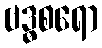
ဗဒ္ဓစရော